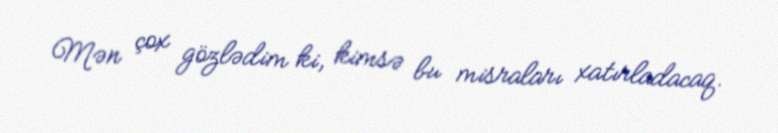
Mən çox gözlədim ki, kimsə bu misraları xatırladacaq.